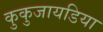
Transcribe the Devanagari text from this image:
कुकुजायडिया